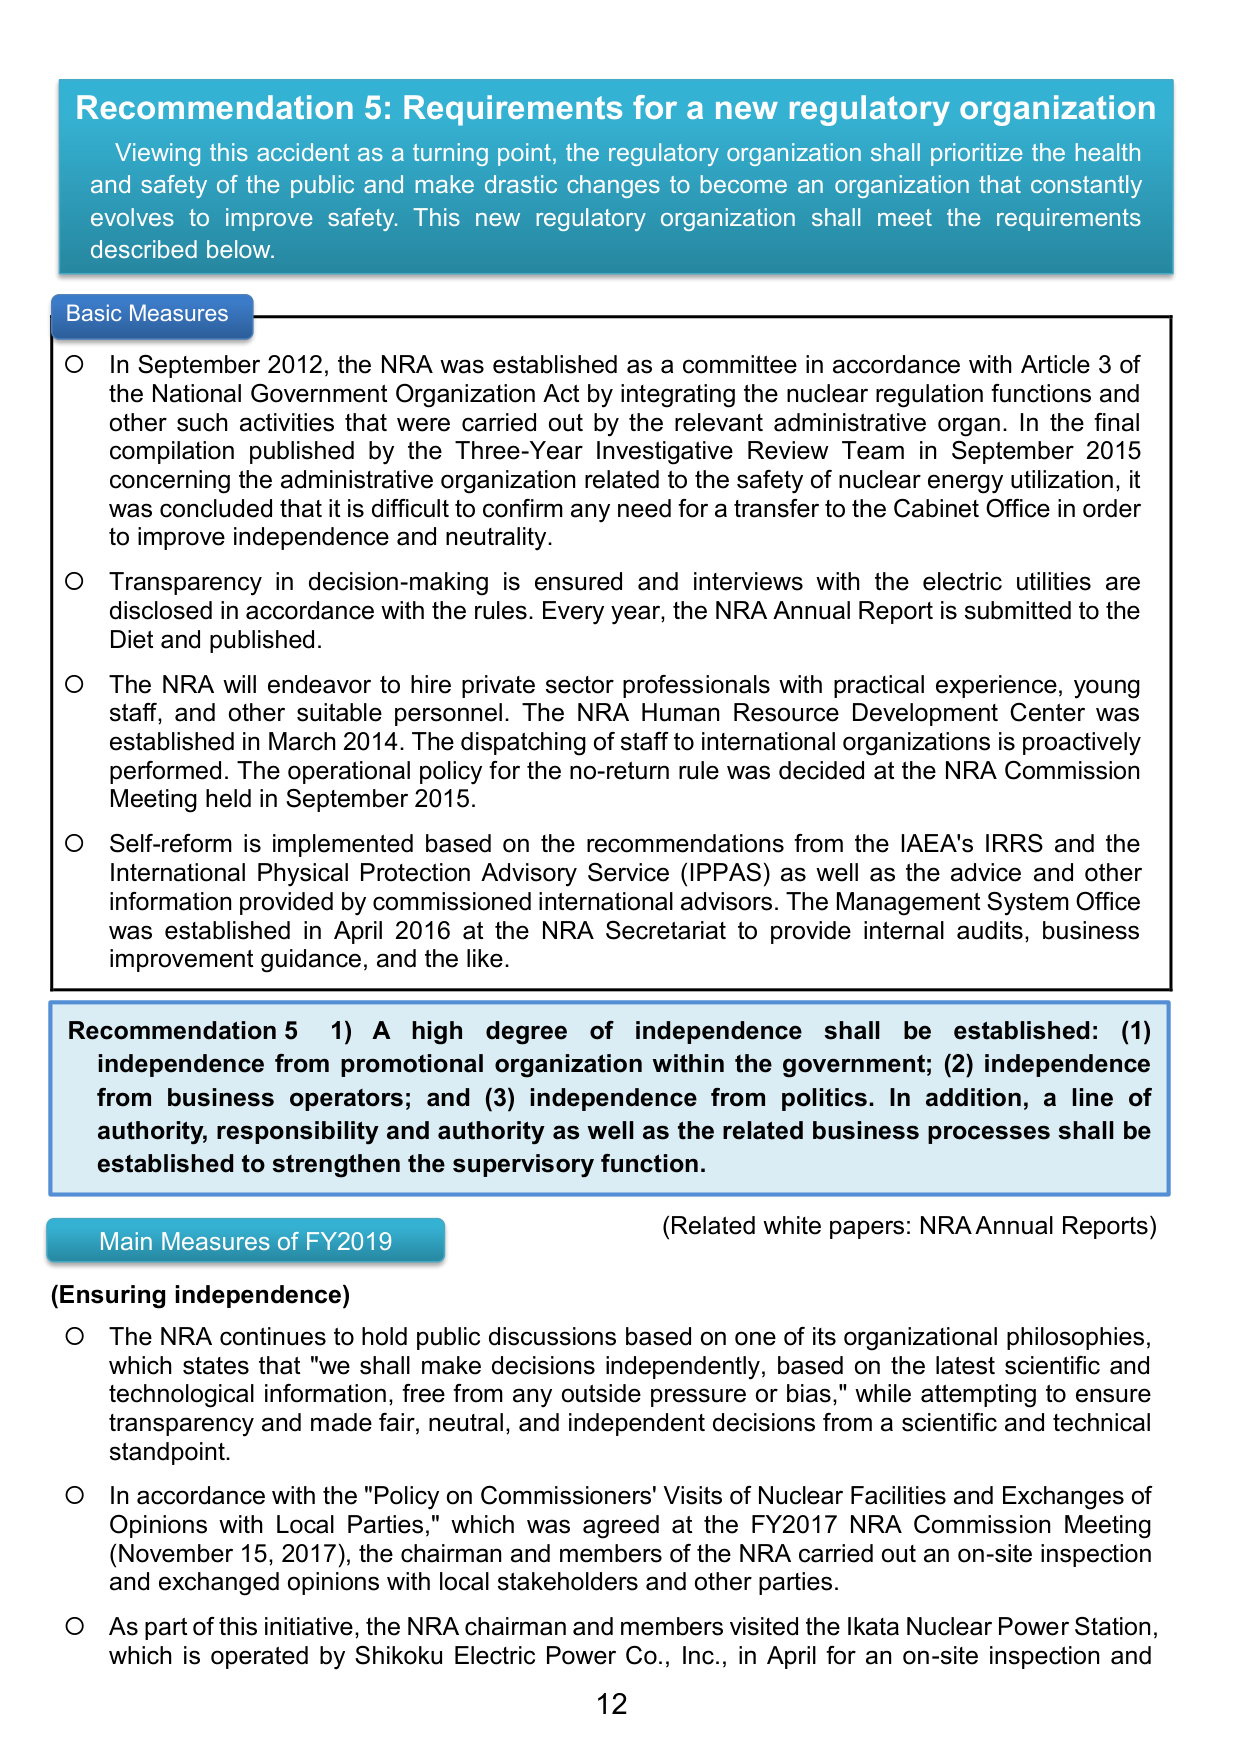
Recommendation 5: Requirements for a new regulatory organization
Viewing this accident as a turning point, the regulatory organization shall prioritize the health and safety of the public and make drastic changes to become an organization that constantly evolves to improve safety. This new regulatory organization shall meet the requirements described below.

Basic Measures
○ In September 2012, the NRA was established as a committee in accordance with Article 3 of the National Government Organization Act by integrating the nuclear regulation functions and other such activities that were carried out by the relevant administrative organ. In the final compilation published by the Three-Year Investigative Review Team in September 2015 concerning the administrative organization related to the safety of nuclear energy utilization, it was concluded that it is difficult to confirm any need for a transfer to the Cabinet Office in order to improve independence and neutrality.
○ Transparency in decision-making is ensured and interviews with the electric utilities are disclosed in accordance with the rules. Every year, the NRA Annual Report is submitted to the Diet and published.
○ The NRA will endeavor to hire private sector professionals with practical experience, young staff, and other suitable personnel. The NRA Human Resource Development Center was established in March 2014. The dispatching of staff to international organizations is proactively performed. The operational policy for the no-return rule was decided at the NRA Commission Meeting held in September 2015.
○ Self-reform is implemented based on the recommendations from the IAEA's IRRS and the International Physical Protection Advisory Service (IPPAS) as well as the advice and other information provided by commissioned international advisors. The Management System Office was established in April 2016 at the NRA Secretariat to provide internal audits, business improvement guidance, and the like.

Recommendation 5 1) A high degree of independence shall be established: (1) independence from promotional organization within the government; (2) independence from business operators; and (3) independence from politics. In addition, a line of authority, responsibility and authority as well as the related business processes shall be established to strengthen the supervisory function.
(Related white papers: NRA Annual Reports)

Main Measures of FY2019
(Ensuring independence)
○ The NRA continues to hold public discussions based on one of its organizational philosophies, which states that "we shall make decisions independently, based on the latest scientific and technological information, free from any outside pressure or bias," while attempting to ensure transparency and made fair, neutral, and independent decisions from a scientific and technical standpoint.
○ In accordance with the "Policy on Commissioners' Visits of Nuclear Facilities and Exchanges of Opinions with Local Parties," which was agreed at the FY2017 NRA Commission Meeting (November 15, 2017), the chairman and members of the NRA carried out an on-site inspection and exchanged opinions with local stakeholders and other parties.
○ As part of this initiative, the NRA chairman and members visited the Ikata Nuclear Power Station, which is operated by Shikoku Electric Power Co., Inc., in April for an on-site inspection and

12